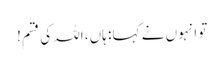
تو انہوں نے کہا : ہاں، اللہ کی قسم!